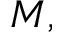
M ,